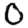
Digit: 0